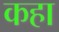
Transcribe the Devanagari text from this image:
कहा